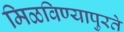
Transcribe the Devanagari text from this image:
मिळविण्यापुरते